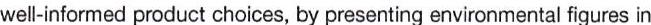
well-informed product choices, by presenting environmental figures in